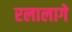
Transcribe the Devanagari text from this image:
रलालागे